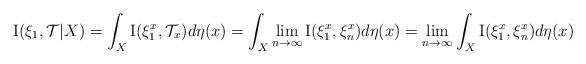
LaTeX: \begin{align*}{\rm I}(\xi_{1},\mathcal{T}|X)=\int_{X}{\rm I}(\xi_{1}^{x},\mathcal{T}_{x})d\eta(x)=\int_{X}\lim_{n\to\infty}{\rm I}(\xi_{1}^{x},\xi_{n}^{x})d\eta(x)=\lim_{n\to\infty}\int_{X}{\rm I}(\xi_{1}^{x},\xi_{n}^{x})d\eta(x)\end{align*}